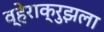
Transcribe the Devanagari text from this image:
व्हेराक्रुझला